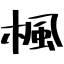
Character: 楓